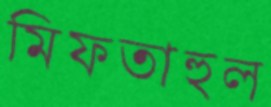
মিফতাহুল